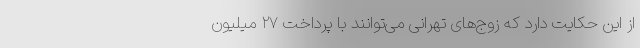
از این حکایت دارد که زوج‌های تهرانی می‌توانند با پرداخت ۲۷ میلیون